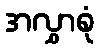
အလွှာစုံ